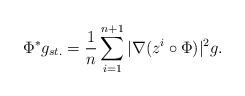
LaTeX: \begin{align*} \Phi^* g_{st.} = \frac{1}{n} \sum_{i=1}^{n+1} |\nabla(z^i \circ \Phi) |^2 g.\end{align*}